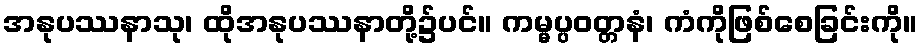
အနုပဿနာသု၊ ထိုအနုပဿနာတို့၌ပင်။ ကမ္မပ္ပဝတ္တနံ၊ ကံကိုဖြစ်စေခြင်းကို။